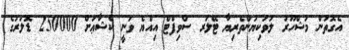
އެގޮތުން މަޝްހޫރު ލަވަކިޔުންތެރިޔާ ޓޭލަރ ސްވިފްޓް އިއްޔެ ވަނީ ކެޝާޢަށް 250000 ޑޮލަރުގެ